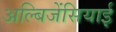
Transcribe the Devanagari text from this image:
अल्बिजेंसियाई